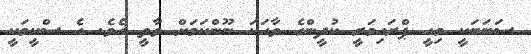
ސަބަބަކީ މިއީ ޕްރައިމަރީ ކުދީންގެ ވާހަކަ ނޫންކަމަށް ވާތީ އެވެ. އެ ސްކީމަކީ